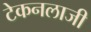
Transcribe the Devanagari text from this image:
टेकनलाजी